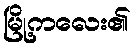
မြို့ကလေး၏